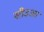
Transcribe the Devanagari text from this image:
सीउआ